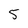
Character: 5